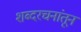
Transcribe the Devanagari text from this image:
शब्दरचनांतून